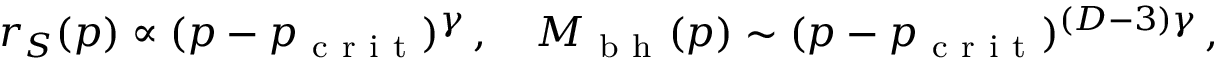
r _ { S } ( p ) \propto ( p - p _ { \mathrm { ~ c ~ r ~ i ~ t ~ } } ) ^ { \gamma } \, , \quad M _ { \mathrm { ~ b ~ h ~ } } ( p ) \sim ( p - p _ { \mathrm { ~ c ~ r ~ i ~ t ~ } } ) ^ { ( D - 3 ) \gamma } \, ,